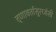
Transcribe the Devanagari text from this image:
तृणावर्तासुरध्वंसी